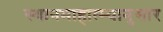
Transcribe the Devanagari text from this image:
स्थानमाहात्म्यानुसार